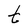
Character: t